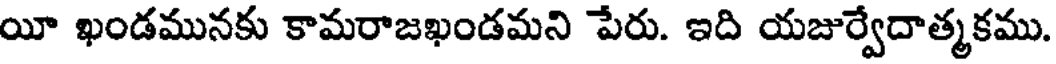
యీ ఖండమునకు కామరాజఖండమని పేరు. ఇది యజుర్వేదాత్మకము.